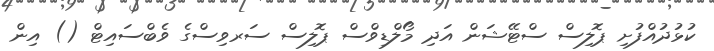
ކުޅުދުއްފުށި ޕޮލިސް ސްޓޭޝަން އަދި މޯލްޑިވްސް ޕޮލިސް ސަރވިސްގެ ވެބްސައިޓް () އިން